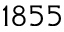
1 8 5 5